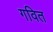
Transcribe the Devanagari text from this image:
गवित